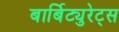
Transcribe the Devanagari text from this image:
बार्बिट्युरेट्स